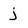
Character: j